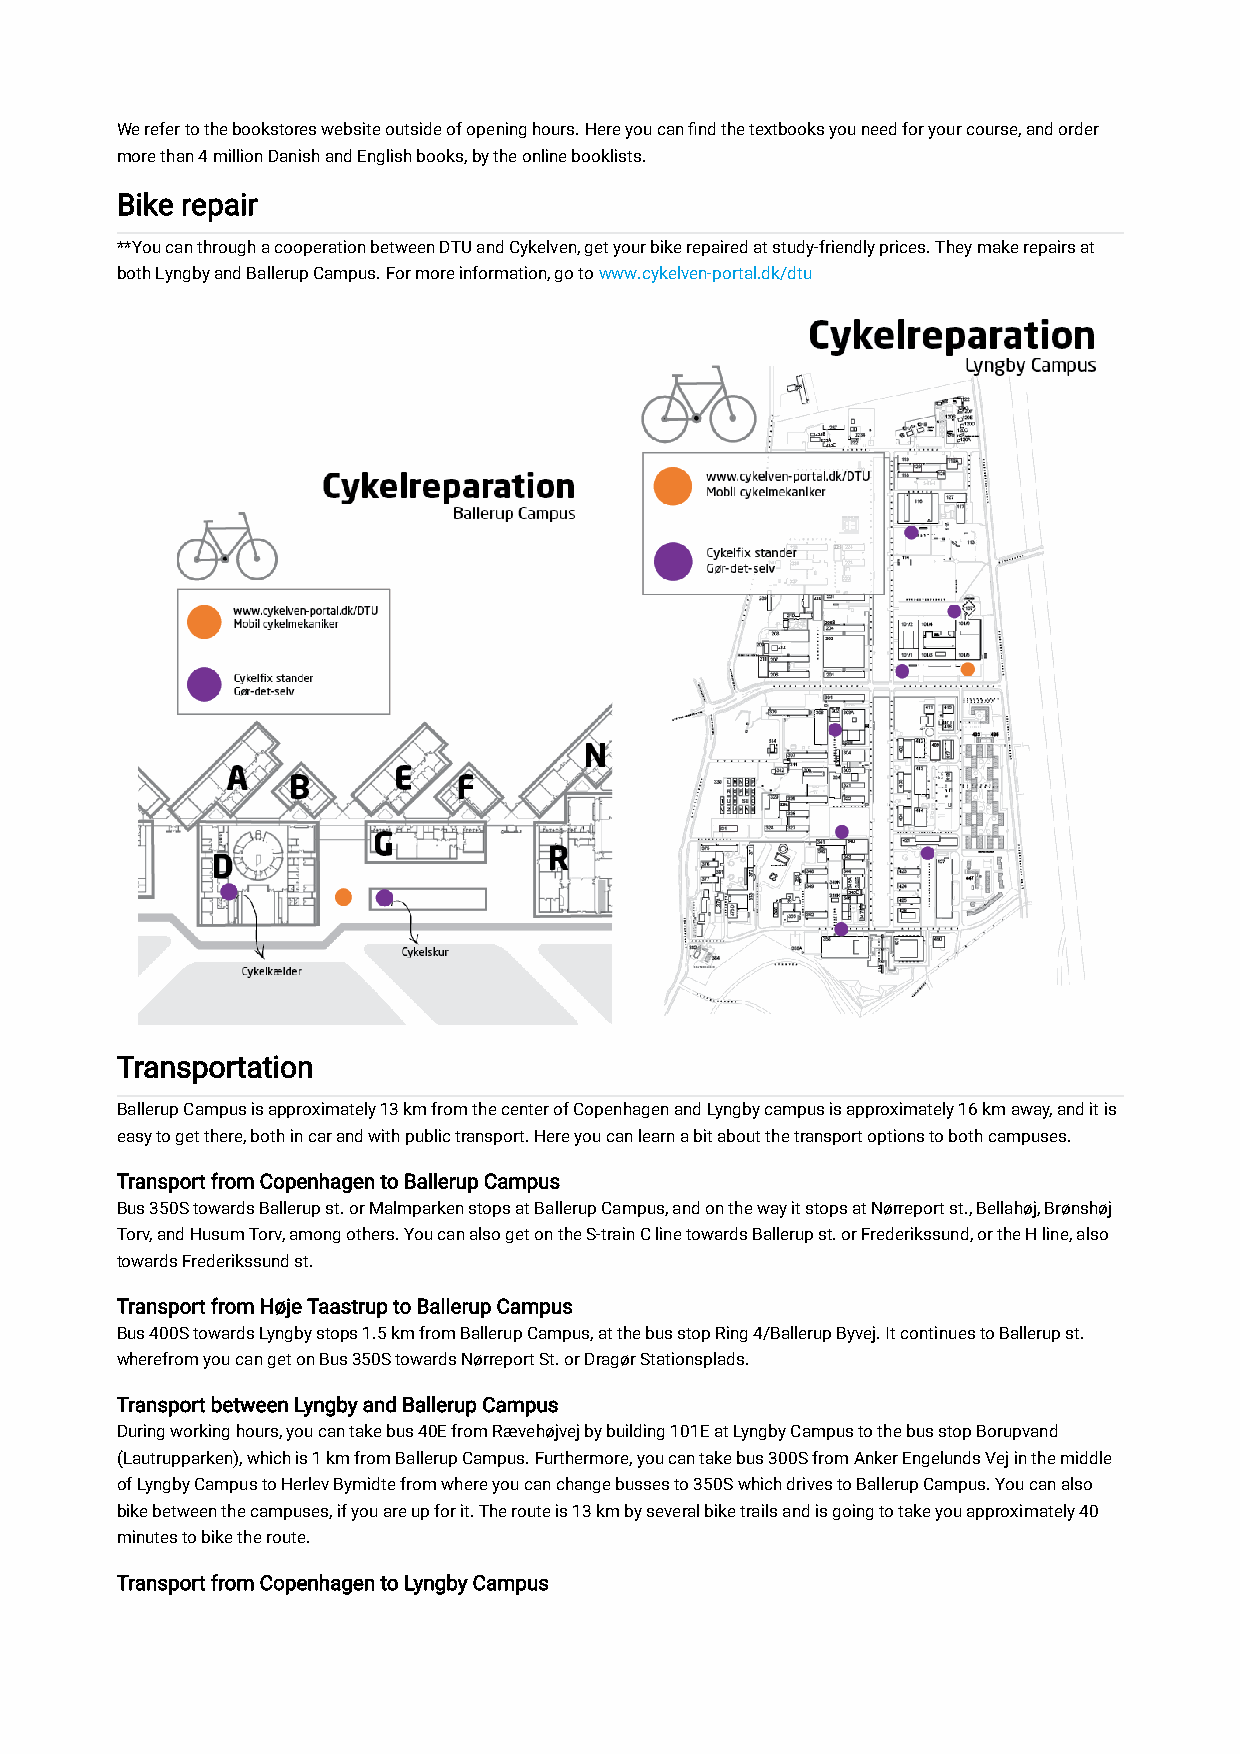
We refer to the bookstores website outside of opening hours. Here you can find the textbooks you need for your course, and order
 more than 4 million Danish and English books, by the online booklists.
 Bike repair
 **You can through a cooperation between DTU and Cykelven, get your bike repaired at study-friendly prices. They make repairs at
 both Lyngby and Ballerup Campus. For more information, go to www.cykelven-portal.dk/dtu
 Transportation
 Ballerup Campus is approximately 13 km from the center of Copenhagen and Lyngby campus is approximately 16 km away, and it is
 easy to get there, both in car and with public transport. Here you can learn a bit about the transport options to both campuses.
 Transport from Copenhagen to Ballerup Campus
 Bus 350S towards Ballerup st. or Malmparken stops at Ballerup Campus, and on the way it stops at Nørreport st., Bellahøj, Brønshøj
 Torv, and Husum Torv, among others. You can also get on the S-train C line towards Ballerup st. or Frederikssund, or the H line, also
 towards Frederikssund st.
 Transport from Høje Taastrup to Ballerup Campus
 Bus 400S towards Lyngby stops 1.5 km from Ballerup Campus, at the bus stop Ring 4/Ballerup Byvej. It continues to Ballerup st.
 wherefrom you can get on Bus 350S towards Nørreport St. or Dragør Stationsplads.
 Transport between Lyngby and Ballerup Campus
 During working hours, you can take bus 40E from Rævehøjvej by building 101E at Lyngby Campus to the bus stop Borupvand
 (Lautrupparken), which is 1 km from Ballerup Campus. Furthermore, you can take bus 300S from Anker Engelunds Vej in the middle
 of Lyngby Campus to Herlev Bymidte from where you can change busses to 350S which drives to Ballerup Campus. You can also
 bike between the campuses, if you are up for it. The route is 13 km by several bike trails and is going to take you approximately 40
 minutes to bike the route.
 Transport from Copenhagen to Lyngby Campus